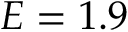
E = 1 . 9